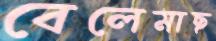
বেলেমাছ